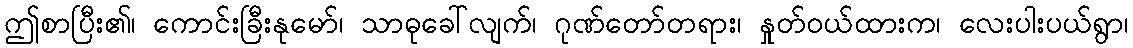
ဤစာပြီး၏၊ ကောင်းခြီးနုမော်၊ သာဓုခေါ်လျက်၊ ဂုဏ်တော်တရား၊ နှုတ်ဝယ်ထားက၊ လေးပါးပယ်ရွာ၊